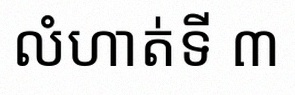
លំហាត់ទី ៣